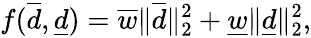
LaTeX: f(\overline{d},\underline{d})=\overline{w}\| \overline{d}\| _{2}^{2}+\underline{w}\| \underline{d}\| _{2}^{2},